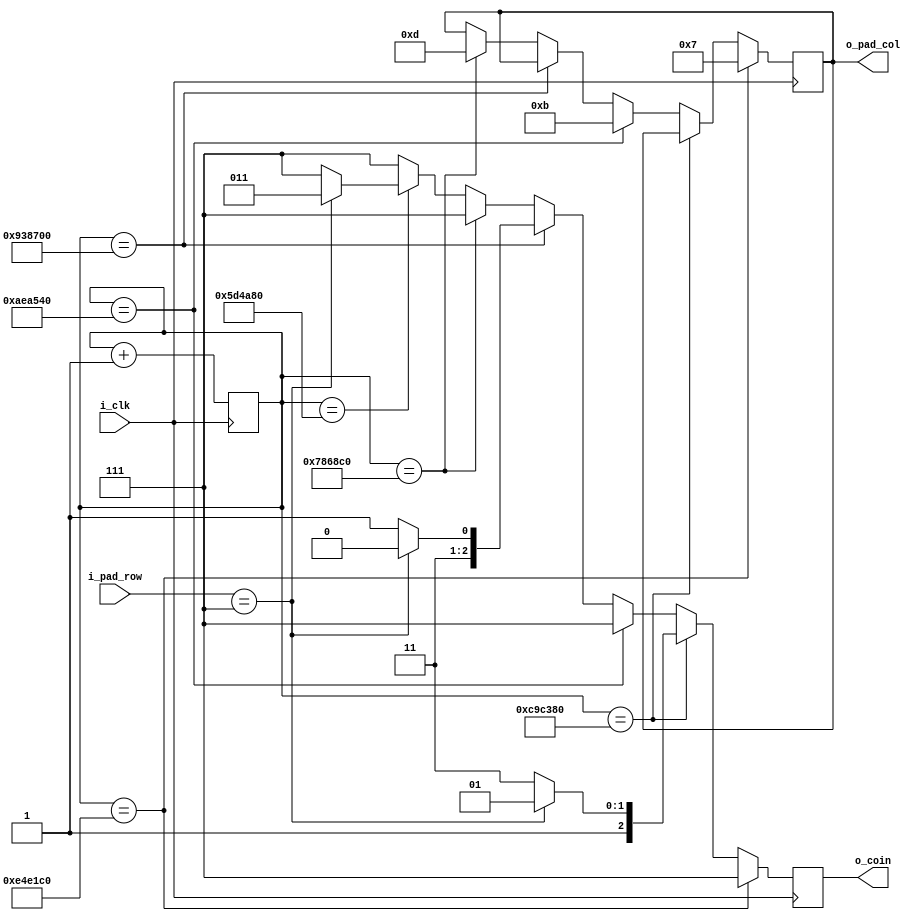
module Keypad_Intf ( 
	input i_clk,
	input [3:0] i_pad_row,
	output reg [3:0] o_pad_col,
	output reg [2:0] o_coin
	);

	reg [23:0] r_count_pad = 24'b0;

	always @ (posedge i_clk)
	begin
		o_coin <= 3'b111;
		
		// Scanning the keypad COLUMN by COLUMN
		if (r_count_pad == 24'b0111001001110000111000000)
		begin
				// Column 1
				o_pad_col <= 4'b0111;		
				r_count_pad <= r_count_pad + 1'b1;
		end
			
		else if(r_count_pad == 24'b01110010011100001110000000)
		begin
			// Row 1
			if (i_pad_row == 4'b0111)
			begin
				// Assign 1 DOLLAR
				o_coin <= 3'b101;
				r_count_pad <= 24'b0;
			end
			r_count_pad <= r_count_pad + 1'b1;
		end

		else if(r_count_pad == 24'b010101011101010010101000000)
		begin
			// COLUMN 2
			o_pad_col<= 4'b1011;
			r_count_pad <= r_count_pad + 1'b1;
		end
		else if(r_count_pad == 24'b011100100111000011100000000)
		begin
			if (i_pad_row == 4'b0111)
			begin
				// Assign 1 QUATER
				o_coin <= 3'b110;
				r_count_pad <= 24'b0;
			end
			r_count_pad <= r_count_pad + 1'b1;
		end

		else if(r_count_pad == 24'b0100011110000110100011000000)
		begin
			// COLUMN 3
			o_pad_col <= 4'b1101;
			r_count_pad <= r_count_pad + 1'b1;
		end
		else if(r_count_pad == 24'b0101010111010100101010000000)
		begin
			// ROW 1
			if(i_pad_row == 4'b0111)
			begin
				// Assign 1 DIME
				o_coin <= 3'b011;
				r_count_pad <= 24'b0;				
			end
			r_count_pad <= r_count_pad + 1'b1;
		end

		else
			r_count_pad <= r_count_pad + 1'b1;
	end
endmodule